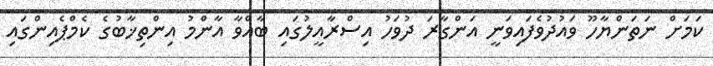
ކަމަށް ނަތަންޔާހޫ ވައުދުވެފައިވަނީ އަންގާރަ ދުވަހު އިސްރާއީލުގައި ބާއްވާ އާންމު އިންތިޚާބުގެ ކެމްޕެއިންގައި